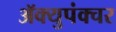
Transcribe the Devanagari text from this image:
ॲक्युपंक्चर